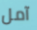
آمل